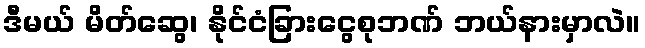
ဒီမယ် မိတ်ဆွေ၊ နိုင်ငံခြားငွေစုဘဏ် ဘယ်နားမှာလဲ။